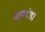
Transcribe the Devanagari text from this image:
मापदंड।